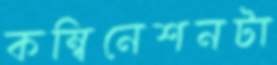
কম্বিনেশনটা